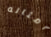
أمثاله